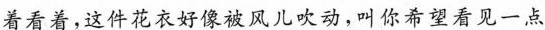
着看着，这件花衣好像被风儿吹动，叫你希望看见一点